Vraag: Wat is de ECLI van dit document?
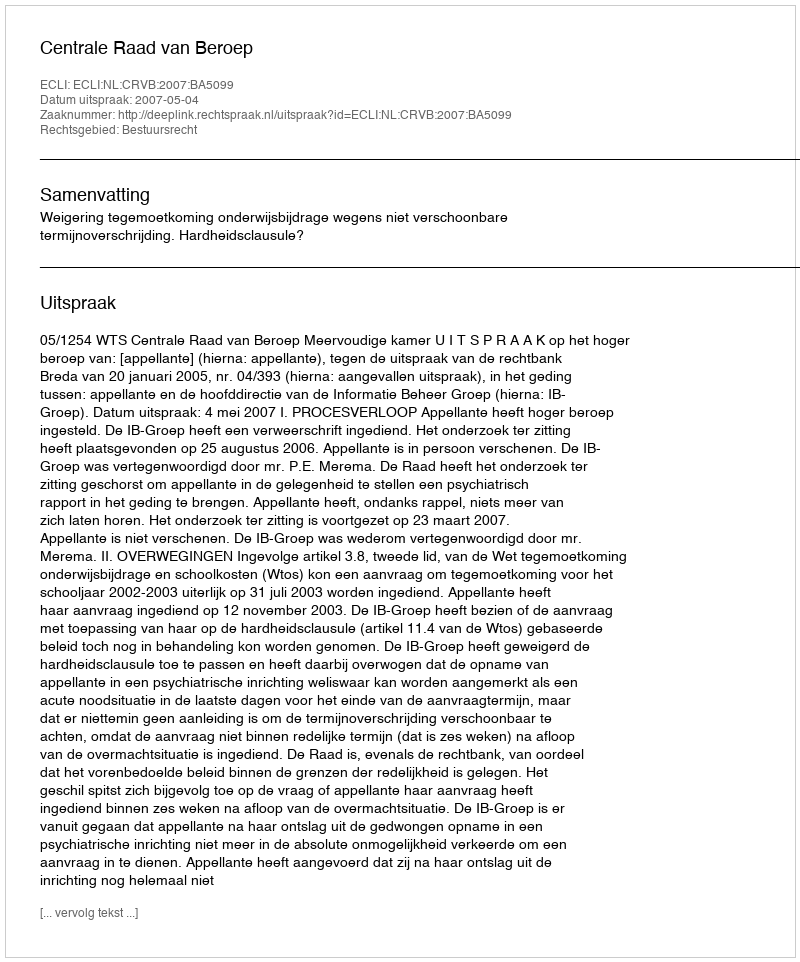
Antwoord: ECLI:NL:CRVB:2007:BA5099